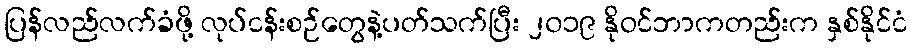
ပြန်လည်လက်ခံဖို့ လုပ်ငန်းစဉ်တွေနဲ့ပတ်သက်ပြီး ၂၀၁၉ နိုဝင်ဘာကတည်းက နှစ်နိုင်ငံ